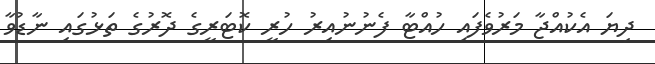
ދިޔަ އެކުއްޖާ މަރުވެފައި ހުއްޓާ ފެނުނުއިރު ހުރީ ކޮޓަރީގެ ދޮރުގެ ތަޅުގައި ނާޑުވާ